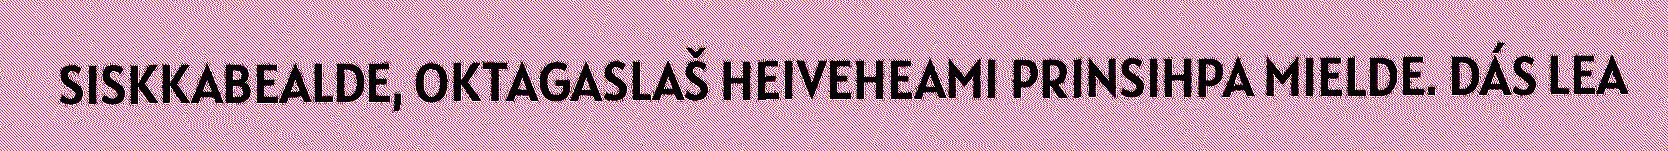
SISKKABEALDE, OKTAGASLAŠ HEIVEHEAMI PRINSIHPA MIELDE. DÁS LEA